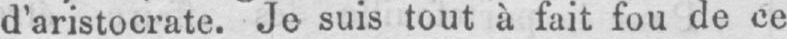
d’aristocrate. Je suis tout à fait fou de ce